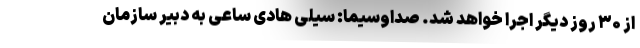
از ۳۰ روز دیگر اجرا خواهد شد. صداوسیما: سیلی هادی ساعی به دبیر سازمان